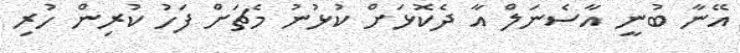
އޭނާ ބުނީ އާސެނަލް އާ ދެކޮޅަށް ކުޅުނު މެޗަށް ފަހު ކުރިން ހުރި